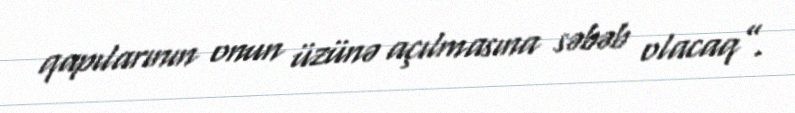
qapılarının onun üzünə açılmasına səbəb olacaq”.